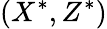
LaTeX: (X^{*},Z^{*})